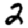
Digit: 2